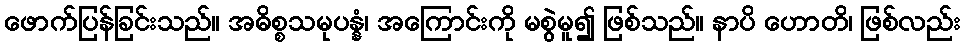
ဖောက်ပြန်ခြင်းသည်။ အဓိစ္စသမုပန္နံ၊ အကြောင်းကို မစွဲမူ၍ ဖြစ်သည်။ နာပိ ဟောတိ၊ ဖြစ်လည်း